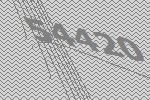
54420